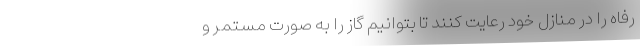
رفاه را در منازل خود رعایت کنند تا بتوانیم گاز را به صورت مستمر و